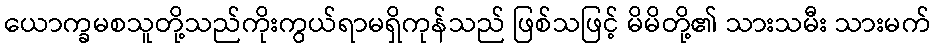
ယောက္ခမစသူတို့သည်ကိုးကွယ်ရာမရှိကုန်သည် ဖြစ်သဖြင့် မိမိတို့၏ သားသမီး သားမက်